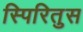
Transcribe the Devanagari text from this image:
स्पिरितुस